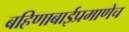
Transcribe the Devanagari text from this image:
बहिणाबाईप्रमाणेच